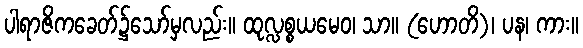
ပါရာဇိကခေတ်၌သော်မှလည်း။ ထုလ္လစ္စယမေဝ၊ သာ။ (ဟောတိ)၊ ပန၊ ကား။